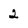
Character: 2